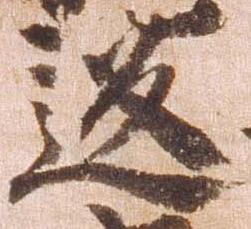
返